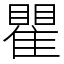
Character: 瞿